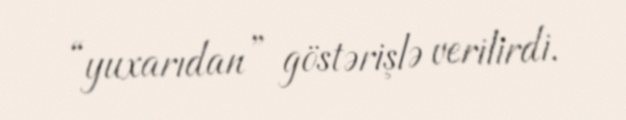
“yuxarıdan” göstərişlə verilirdi.